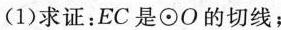
(1)求证：EC是⊙O的切线；(